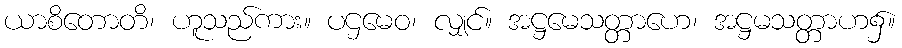
ယာစိတောတိ၊ ဟူသည်ကား။ ပဌမေဝ၊ လျှင်။ အဋ္ဌမေသတ္တာဟေ၊ အဋ္ဌမသတ္တာဟ၌။